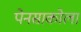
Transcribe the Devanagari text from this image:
पेनसाकोला